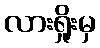
လားရှိုးမှ